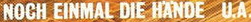
NOCH EINMAL DIE HANDE U.A.